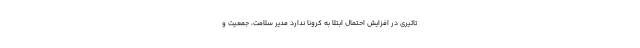
تاثیری در افزایش احتمال ابتلا به کرونا ندارد مدیر سلامت، جمعیت و